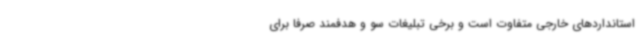
استانداردهای خارجی متفاوت است و برخی تبلیغات سو و هدفمند صرفا برای